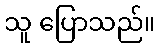
သူ ပြောသည်။